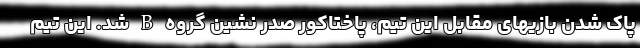
پاک شدن بازیهای مقابل این تیم، پاختاکور صدر نشین گروه B شد. این تیم